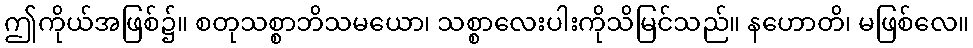
ဤကိုယ်အဖြစ်၌။ စတုသစ္စာဘိသမယော၊ သစ္စာလေးပါးကိုသိမြင်သည်။ နဟောတိ၊ မဖြစ်လေ။